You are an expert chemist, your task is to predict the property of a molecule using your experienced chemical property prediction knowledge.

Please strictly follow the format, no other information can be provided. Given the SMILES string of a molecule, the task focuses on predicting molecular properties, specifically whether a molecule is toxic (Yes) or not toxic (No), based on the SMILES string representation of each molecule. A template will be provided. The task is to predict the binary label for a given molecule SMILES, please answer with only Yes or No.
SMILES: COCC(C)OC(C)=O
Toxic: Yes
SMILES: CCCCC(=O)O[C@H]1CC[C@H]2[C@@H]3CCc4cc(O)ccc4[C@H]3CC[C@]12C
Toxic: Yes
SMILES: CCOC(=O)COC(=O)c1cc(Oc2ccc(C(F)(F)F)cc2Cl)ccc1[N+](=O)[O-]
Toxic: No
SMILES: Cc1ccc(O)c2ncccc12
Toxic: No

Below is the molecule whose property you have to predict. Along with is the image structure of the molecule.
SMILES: NCCC(O)(P(=O)(O)O)P(=O)(O)O
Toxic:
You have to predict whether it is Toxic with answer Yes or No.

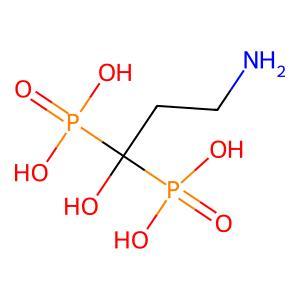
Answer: No